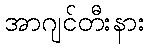
အာဂျင်တီးနား